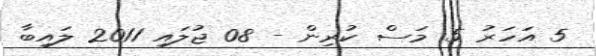
5 އަހަރު 5 މަސް ކުރިން - 08 ޖުލައި 2011 ލައިބާ